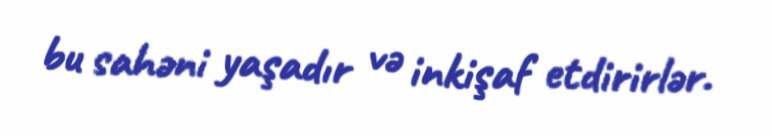
bu sahəni yaşadır və inkişaf etdirirlər.